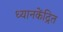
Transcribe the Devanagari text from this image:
ध्यानकेंद्रित